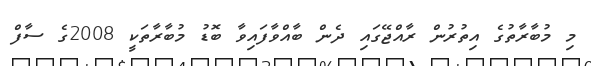
މި މުބާރާތުގެ އިތުރުން ރާއްޖޭގައި ދެން ބާއްވާފައިވާ ބޮޑު މުބާރާތަކީ 2008ގެ ސާފް